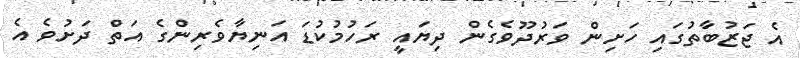
އެ ޖަޒުބާތުގައި ހަށިން ވަރުދޫވެގެން ދިޔައީ ރަހުމުކުޑަ އަނިޔާވެރިންގެ އަތް ދަށުވެ އެ